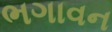
ભગાવન